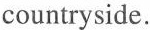
countryside.